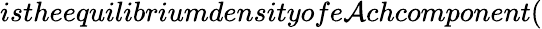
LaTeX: istheequilibriumdensityofe\mathcal{A}chcomponent(